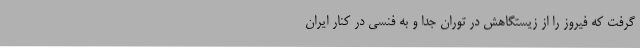
گرفت که فیروز را از زیستگاهش در توران جدا و به فنسی در کنار ایران